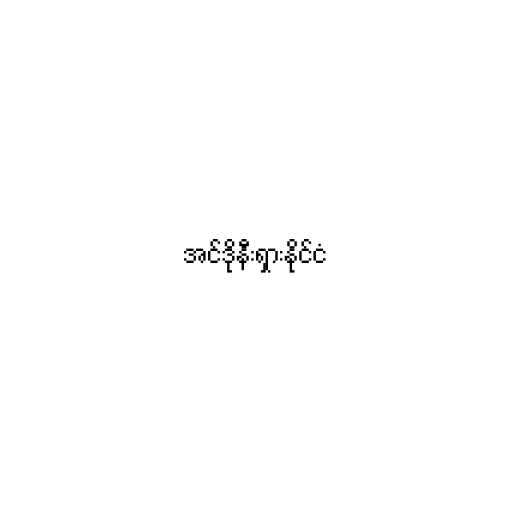
အင်ဒိုနီးရှားနိုင်ငံ